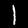
Label: 1